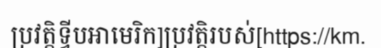
ប្រវត្តិទ្វីបអាមេរិក]ប្រវត្តិរបស់[https://km.